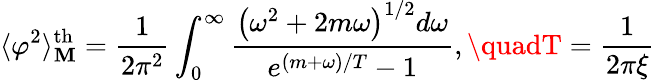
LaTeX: \langle\varphi^{2}\rangle_{\mathbf{M}}^{\mathrm{{th}}}=\frac{{1}}{{2\pi^{2}}}\int_{0}^{\infty}\frac{{\left(\omega^{2}+2m\omega\right)^{1/2}d\omega}}{{e^{(m+\omega)/T}-1}},\quadT=\frac{{1}}{{2\pi\xi}}